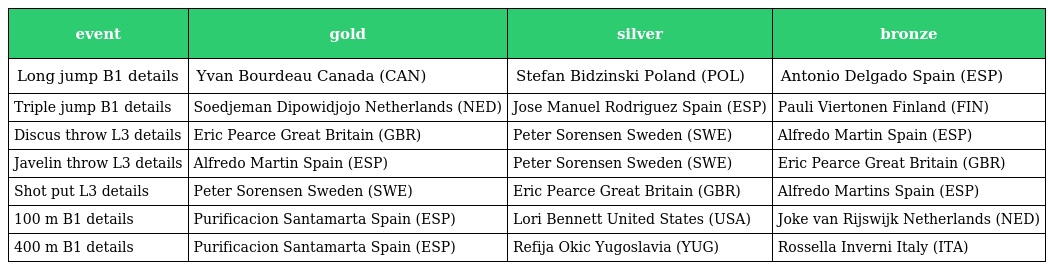
| event | gold | silver | bronze |
 | --- | --- | --- | --- |
 | Long jump B1 details | Yvan Bourdeau Canada (CAN) | Stefan Bidzinski Poland (POL) | Antonio Delgado Spain (ESP) |
 | Triple jump B1 details | Soedjeman Dipowidjojo Netherlands (NED) | Jose Manuel Rodriguez Spain (ESP) | Pauli Viertonen Finland (FIN) |
 | Discus throw L3 details | Eric Pearce Great Britain (GBR) | Peter Sorensen Sweden (SWE) | Alfredo Martin Spain (ESP) |
 | Javelin throw L3 details | Alfredo Martin Spain (ESP) | Peter Sorensen Sweden (SWE) | Eric Pearce Great Britain (GBR) |
 | Shot put L3 details | Peter Sorensen Sweden (SWE) | Eric Pearce Great Britain (GBR) | Alfredo Martins Spain (ESP) |
 | 100 m B1 details | Purificacion Santamarta Spain (ESP) | Lori Bennett United States (USA) | Joke van Rijswijk Netherlands (NED) |
 | 400 m B1 details | Purificacion Santamarta Spain (ESP) | Refija Okic Yugoslavia (YUG) | Rossella Inverni Italy (ITA) |